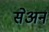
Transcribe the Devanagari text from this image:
सेअन